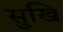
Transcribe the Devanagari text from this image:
सुखि